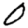
Digit: 0